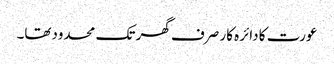
عورت کا دائرہ کار صرف گھر تک محدودتھا۔